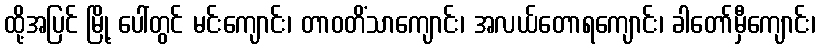
ထို့အပြင် မြို့ ပေါ်တွင် မင်းကျောင်း၊ တာဝတိံသာကျောင်း၊ အလယ်တောရကျောင်း၊ ခါတော်မှီကျောင်း၊